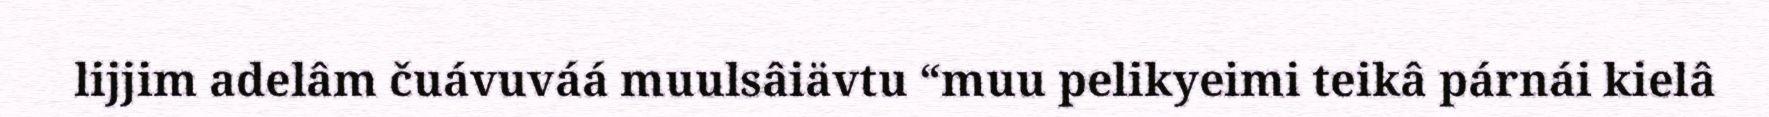
lijjim adelâm čuávuváá muulsâiävtu “muu pelikyeimi teikâ párnái kielâ